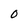
Character: 0